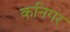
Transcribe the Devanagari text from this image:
कनिगर